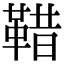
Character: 𩊿